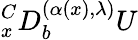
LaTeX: {}_{x}^{C}D_{b}^{(\alpha(x),\lambda)}U